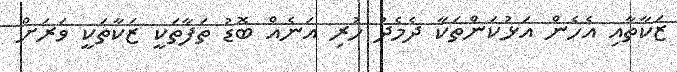
ޒަކާތާއި އެހެން އަޅުކަންތަކާ ދެމެދު ހުރި އަނެއް ބޮޑު ތަފާތަކީ ޒަކާތަކީ ވަރަށް